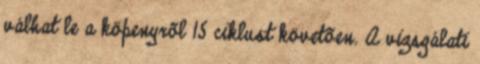
válhat le a köpenyrõl 15 ciklust követõen. A vizsgálati